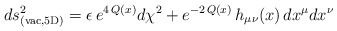
\begin{align*}ds^2_{\rm (vac,5D)} = \epsilon\,e^{4\,Q(x)}d\chi^2+e^{-2\,Q(x)}\,h_{\mu\nu}(x)\,dx^{\mu}dx^{\nu}\end{align*}